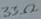
Text: 33Ω